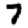
Digit: 7